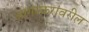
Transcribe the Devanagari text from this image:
आगरकरांवरील